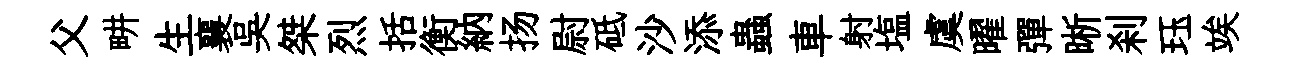
父畊生襄吳桀烈括衡納扬尉砥沙添蟲車射塩虞曜彈晰刹珏竢